Malarial fevers
Disease focus: Malaria
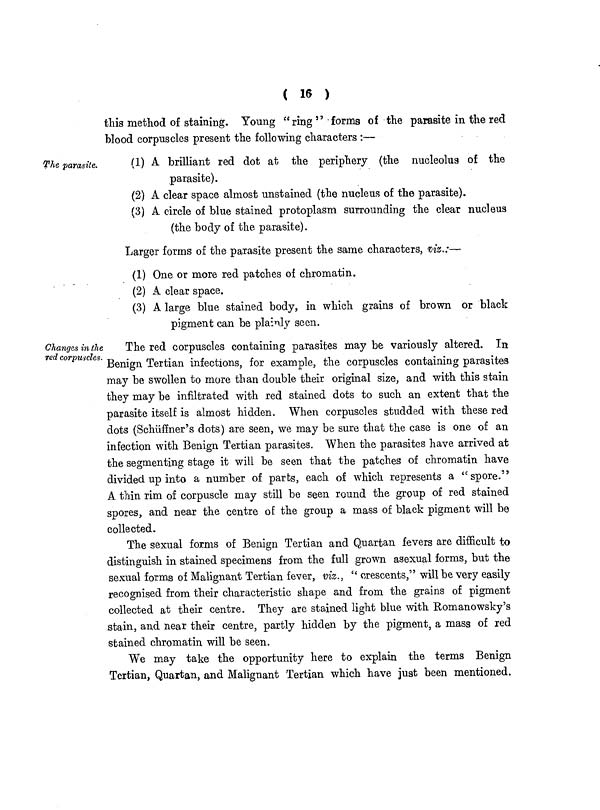
( 16 )
this method of staining. Young "ring " forms of the parasite in the red
blood corpuscles present the following characters :—
The parasite.
(1) A brilliant red dot at the periphery (the nucleolus of the
parasite).
(2) A clear space almost unstained (the nucleus of the parasite).
(3) A circle of blue stained protoplasm surrounding the clear nucleus
(the body of the parasite).
Larger forms of the parasite present the same characters, viz.:—
(1) One or more red patches of chromatin.
(2) A clear space.
(3) A large blue stained body, in which grains of brown or black
pigment can be plainly seen.
Changes in the
red corpuscles.
The red corpuscles containing parasites may be variously altered. In
Benign Tertian infections, for example, the corpuscles containing parasites
may be swollen to more than double their original size, and with this stain
they may be infiltrated with red stained dots to such an extent that the
parasite itself is almost hidden. When corpuscles studded with these red
dots (Schiiffner's dots) are seen, we may be sure that the case is one of an
infection with Benign Tertian parasites. When the parasites have arrived at
the segmenting stage it will be seen that the patches of chromatin have
divided up into a number of parts, each of which represents a "spore."
A thin rim of corpuscle may still be seen round the group of red stained
spores, and near the centre of the group a mass of black pigment will be
collected.
The sexual forms of Benign Tertian and Quartan fevers are difficult to
distinguish in stained specimens from the full grown asexual forms, but the
sexual forms of Malignant Tertian fever, viz., " crescents," will be very easily
recognised from their characteristic shape and from the grains of pigment
collected at their centre. They are stained light blue with Romanowsky's
stain, and near their centre, partly hidden by the pigment, a mass of red
stained chromatin will be seen.
We may take the opportunity here to explain the terms Benign
Tertian, Quartan, and Malignant Tertian which have just been mentioned.